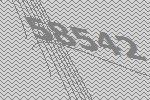
58542